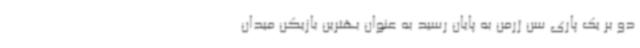
دو بر یک پاری سن ژرمن به پایان رسید به عنوان بهترین بازیکن میدان